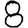
Digit: 8